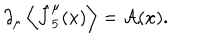
\partial _ { \mu } \left\langle \hat { J } _ { 5 } ^ { \mu } ( x ) \right\rangle = { \cal A } ( x ) .